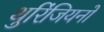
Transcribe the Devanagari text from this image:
थुरिंजियनों